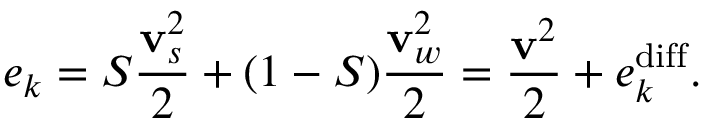
e _ { k } = S \frac { { \bf v } _ { s } ^ { 2 } } { 2 } + ( 1 - S ) \frac { { \bf v } _ { w } ^ { 2 } } { 2 } = \frac { { \bf v } ^ { 2 } } { 2 } + e _ { k } ^ { \mathrm { d i f f } } .